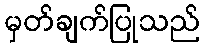
မှတ်ချက်ပြုသည်